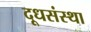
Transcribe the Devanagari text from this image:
दूधसंस्था